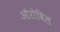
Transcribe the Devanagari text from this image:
ऑरोविल